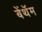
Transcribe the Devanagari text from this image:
बेंथॅम